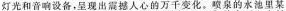
灯光和音响设备，呈现出震撼人心的万千变化。喷泉的水池里某